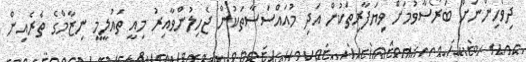
ދިވެހިންނަށް ބަރޯސާވުމަށް ވިޔަފާރިތަކުން އަދި މުއައްސަސާތަކުން ޖެހިލުންވާއިރު މިއީ ތައުލީމީ ނިޒާމްގެ ތެރެއިން